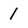
Character: 1